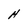
Character: H